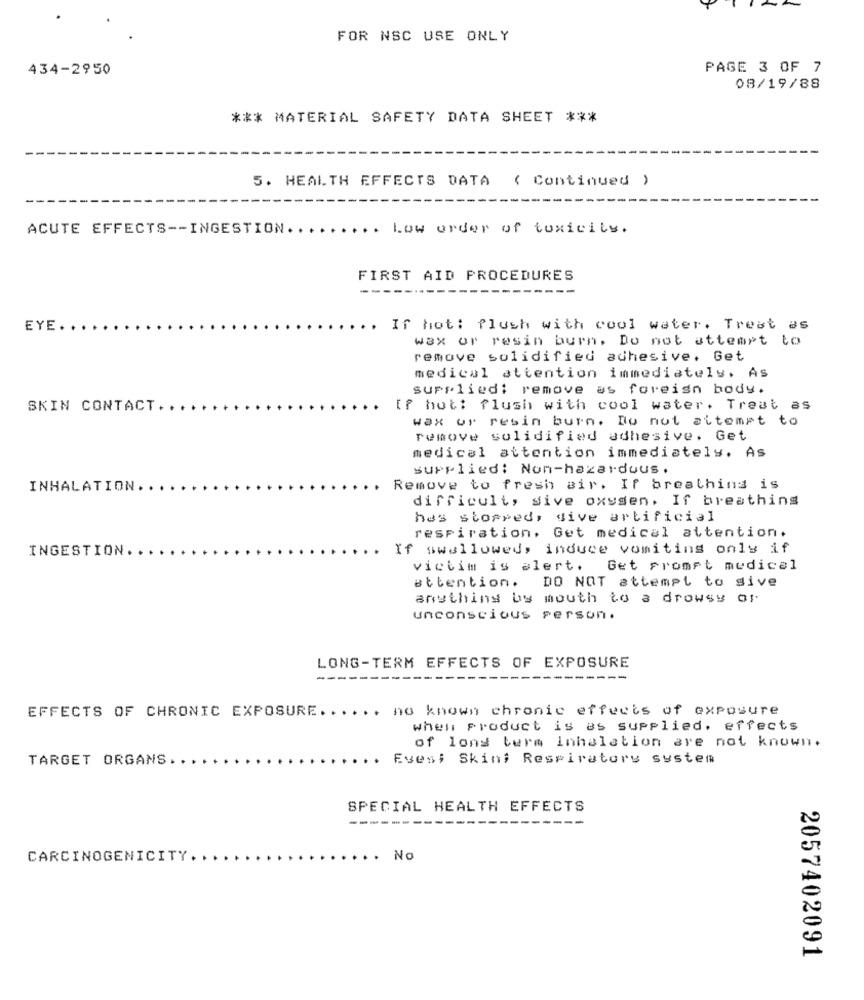
FOR NSC USE ONLY
434-2950
PAGE 3 OF 7
08/19/88
*** MATERIAL SAFETY DATA SHEET ***
5. HEALTH EFFECTS DATA ( Continued )
ACUTE EFFECTS -- INGESTION.
Low order of toxicity.
FIRST AID PROCEDURES
EYE.
If hot: flush with cool water. Treat as
wax or resin burn. Do not attempt to
remove solidified adhesive. Get
medical attention immediately. As
supplied; remove as foreign body.
SKIN CONTACT ..
[f hot: flush with cool water. Treat as
wax ur resin burn. Do not attempt to
remove solidified adhesive. Get
medical attention immediately. As
supplied: Non-hazardous.
INHALATION.
Remove to fresh air. If breathing is
difficult, sive oxysen. If breathing
has stopped, dive artificial
respiration. Get medical attention.
INGESTION ..
If swallowed, induce vomiting only if
victim is alert. Get prompt medical
attention.
DO NOT attempt to give
anything by mouth to a drowsy or
unconscious person.
LONG-TERM EFFECTS OF EXPOSURE
--
... no known chronic effects of exposure
EFFECTS OF CHRONIC EXPOSURE.
when product is as supplied. effects
of long term inhalation are not known.
TARGET ORGANS.
Eves; Skin; Respiratory system
SPECIAL HEALTH EFFECTS
-----
CARCINOGENICITY ..
No
2057402091